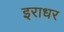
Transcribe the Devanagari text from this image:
इराधर